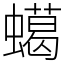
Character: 䗶